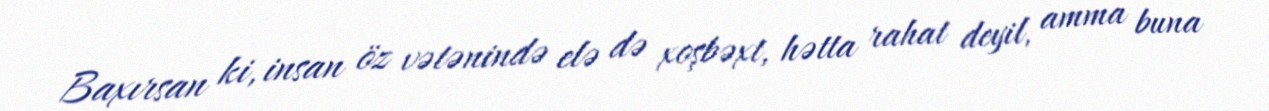
Baxırsan ki, insan öz vətənində elə də xoşbəxt, hətta rahat deyil, amma buna